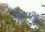
ચટાપટા